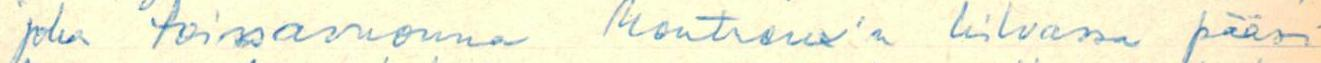
joka toissavuonna Moutreux'n kilvassa pääsi